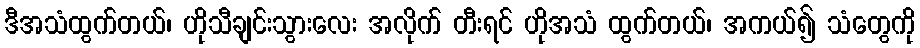
ဒီအသံထွက်တယ်၊ ဟိုသီချင်းသွားလေး အလိုက် တီးရင် ဟိုအသံ ထွက်တယ်၊ အကယ်၍ သံတွေကို